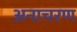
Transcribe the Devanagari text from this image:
अनाचरण